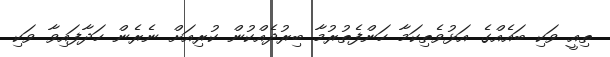
ތިއީ ވަކި ބައެއްގެ އަޅުވެތިކަމާ ހަންފެތުރުމާ ބިރުދެއްކުން ކުރިއަށް ނެރެން ހަދާފައިވާ ވަކި